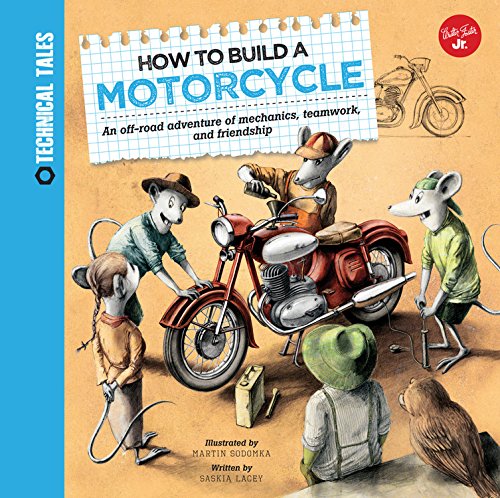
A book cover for How to Build a Motorcycle: An off-road adventure of mechanics, teamwork, and friendship (Technical Tales); Saskia Lacey; Children's Books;